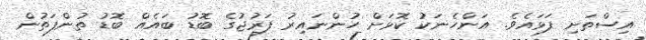
އިސްތަށި ފަޅައެވެ. އަންހެނަކު ކޮޅަށް ހުންނައިރު ފަރުޖުގެ ބޮޑު ބައެއް ބޮޑު ތުންފަތުން